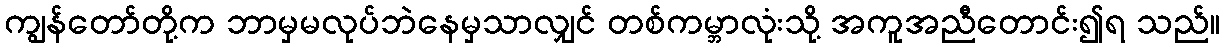
ကျွန်တော်တို့က ဘာမှမလုပ်ဘဲနေမှသာလျှင် တစ်ကမ္ဘာလုံးသို့ အကူအညီတောင်း၍ရ သည်။